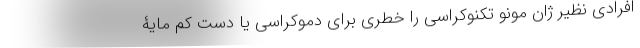
افرادی نظیر ژان مونو تکنوکراسی را خطری برای دموکراسی یا دست کم مایۀ